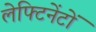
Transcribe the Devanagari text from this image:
लेफ्टिनेंटों